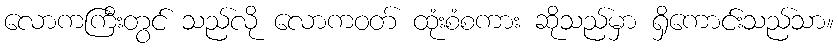
လောကကြီးတွင် သည်လို လောကဝတ် ထုံးစံစကား ဆိုသည်မှာ ရှိကောင်းသည်သာ။